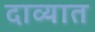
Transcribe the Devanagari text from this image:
दाव्यात